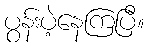
ပွန်းပဲ့နေကြပြီ။